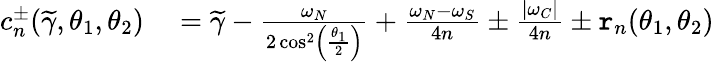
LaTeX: \begin{array}{rl}{c_{n}^{\pm}(\widetilde{\gamma},\theta_{1},\theta_{2})}&{{}=\widetilde{\gamma}-\frac{\omega_{N}}{2\cos^{2}\left(\frac{\theta_{1}}{2}\right)}+\frac{\omega_{N}-\omega_{S}}{4n}\pm\frac{|\omega_{C}|}{4n}\pm\mathtt{r}_{n}(\theta_{1},\theta_{2})}\end{array}